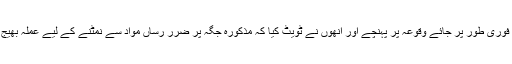
فائر فائٹرز فوری طور پر جائے وقوعہ پر پہنچے اور انھوں نے ٹویٹ کیا کہ مذکورہ جگہ پر ضرر رساں مواد سے نمٹنے کے لیے عملہ بھیج دیا گیا ہے۔